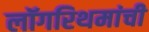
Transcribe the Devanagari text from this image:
लॉगरिथमांची